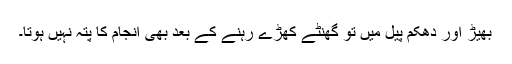
بھیڑ اور دھکم پیل میں تو گھنٹے کھڑے رہنے کے بعد بھی انجام کا پتہ نہیں ہوتا۔